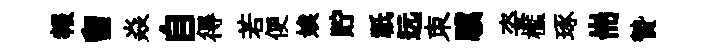
報留焱自得若便娭貯祇远朿驥姿檻琢耑贄